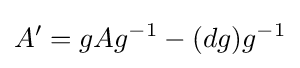
A'=gAg^{-1}-(dg)g^{-1}